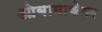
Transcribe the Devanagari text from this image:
ओबामाकेयर